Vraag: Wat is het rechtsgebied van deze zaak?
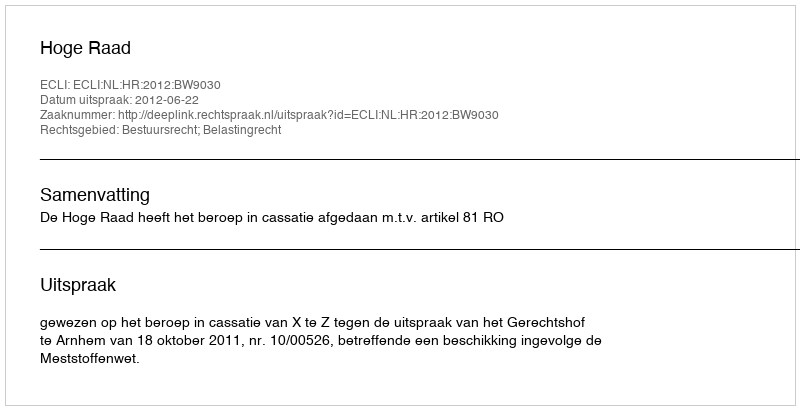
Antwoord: Bestuursrecht; Belastingrecht